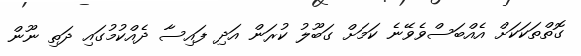
ގޮތްތަކަކަށް އެއްބަސްވެވޭނެ ކަމަށް ގަބޫލު ކުރަން އަދި ފައިސާ ދެއްކުމުގައި ދަތި ނޫން